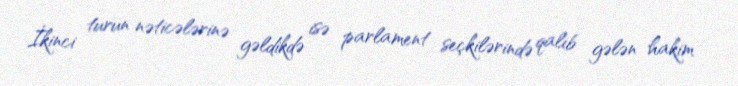
İkinci turun nəticələrinə gəldikdə isə parlament seçkilərində qalib gələn hakim